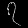
Digit: ၇